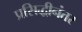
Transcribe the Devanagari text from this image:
प्रसिद्धीनंतर